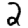
Digit: 2